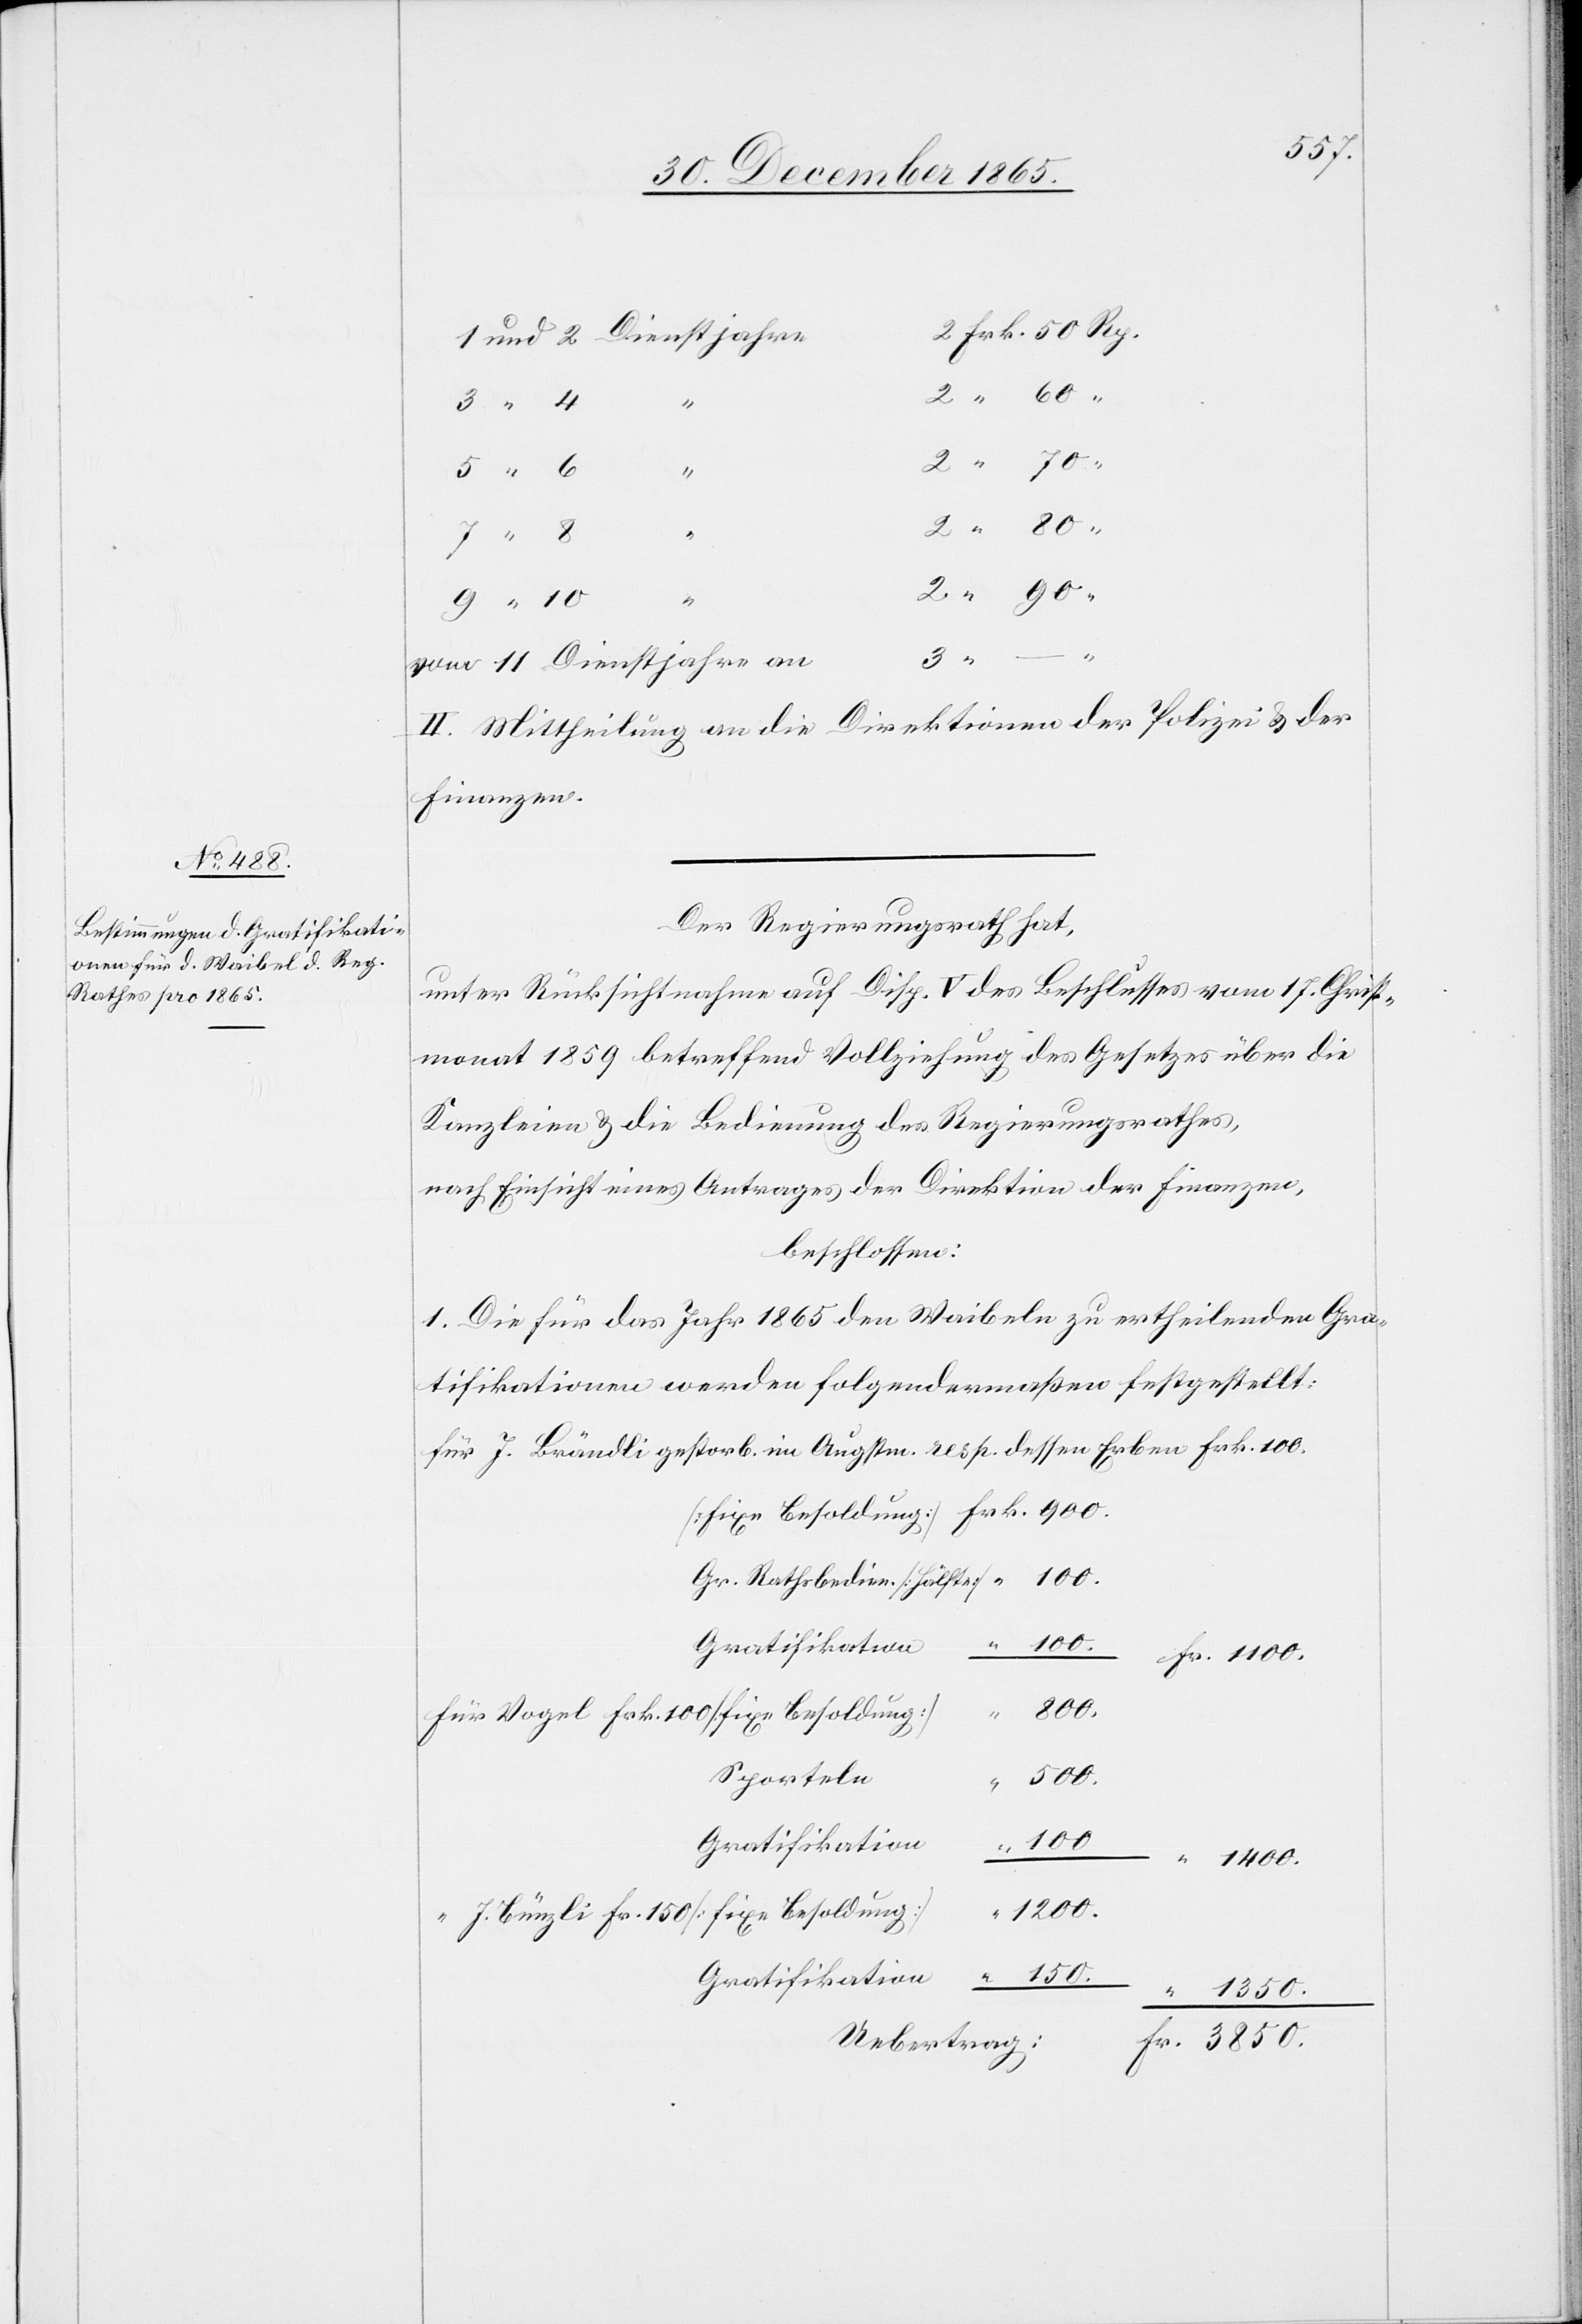
“
Fr. 150
vom 11 Dienstjahre an
II. Mittheilung an die Direktionen der Polizei & der
Finanzen.
Der Regierungsrath hat,
unter Rücksichtnahme auf Disp. V des Beschlusses vom 17. Christ¬
monat 1859 betreffend Vollziehung des Gesetzes über die
Kanzleien & die Bedienung des Regierungsrathes,
nach Einsicht eines Antrages der Direktion der Finanzen,
beschlossen:
1. Die für das Jahr 1865 den Waibeln zu ertheilenden Gra¬
tifikationen werden folgendermaßen festgestellt:
für J. Brändli gestorb. im Augstm. resp. dessen Erben Frk. 100.
Gr. Rathsbedien. [Hälfte]
Frk. 100.
100.
Sporteln
1200.
Gratifikation
150.
1350.